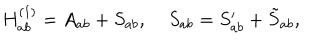
LaTeX: H _ { a b } ^ { ( 1 ) } = A _ { a b } + S _ { a b } , \; S _ { a b } = S _ { a b } ^ { \prime } + \tilde { S } _ { a b } ,